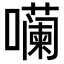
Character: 𪢠